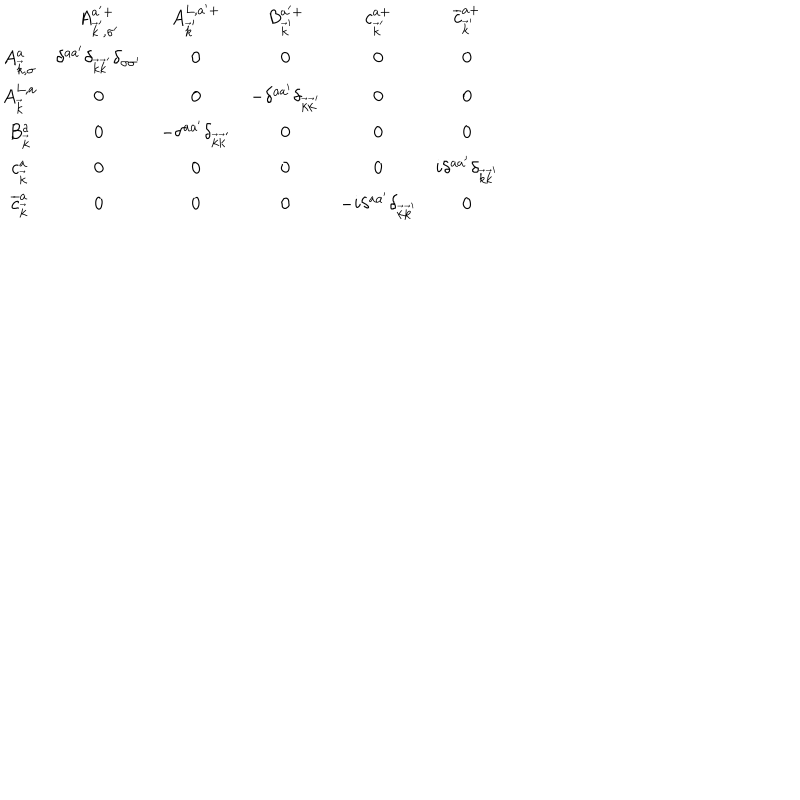
LaTeX: \begin{array} { c c c c c c } { { } } & { { A _ { \vec { k } ^ { \prime } , \sigma ^ { \prime } } ^ { a ^ { \prime } + } } } & { { A _ { \vec { k } ^ { \prime } } ^ { L , a ^ { \prime } + } } } & { { B _ { \vec { k } ^ { \prime } } ^ { a ^ { \prime } + } } } & { { c _ { \vec { k } ^ { \prime } } ^ { a + } } } & { { \overline { { { c } } } _ { \vec { k } ^ { \prime } } ^ { a + } } } \\ { { A _ { \vec { k } , \sigma } ^ { a } } } & { { \delta ^ { a a ^ { \prime } } \delta _ { \vec { k } \vec { k } ^ { \prime } } \delta _ { \sigma \sigma ^ { \prime } } } } & { { 0 } } & { { 0 } } & { { 0 } } & { { 0 } } \\ { { A _ { \vec { k } } ^ { L , a } } } & { { 0 } } & { { 0 } } & { { - \delta ^ { a a ^ { \prime } } \delta _ { \vec { k } \vec { k } ^ { \prime } } } } & { { 0 } } & { { 0 } } \\ { { B _ { \vec { k } } ^ { a } } } & { { 0 } } & { { - \delta ^ { a a ^ { \prime } } \delta _ { \vec { k } \vec { k } ^ { \prime } } } } & { { 0 } } & { { 0 } } & { { 0 } } \\ { { c _ { \vec { k } } ^ { a } } } & { { 0 } } & { { 0 } } & { { 0 } } & { { 0 } } & { { i \delta ^ { a a ^ { \prime } } \delta _ { \vec { k } \vec { k } ^ { \prime } } } } \\ { { \overline { { { c } } } _ { \vec { k } } ^ { a } } } & { { 0 } } & { { 0 } } & { { 0 } } & { { - i \delta ^ { a a ^ { \prime } } \delta _ { \vec { k } \vec { k } ^ { \prime } } } } & { { 0 } } \\ \end{array}